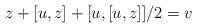
LaTeX: \begin{align*}z+[u,z]+[u,[u,z]]/2=v\end{align*}